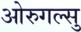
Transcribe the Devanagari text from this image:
ओरुगल्सु